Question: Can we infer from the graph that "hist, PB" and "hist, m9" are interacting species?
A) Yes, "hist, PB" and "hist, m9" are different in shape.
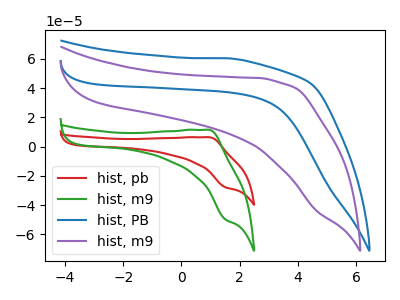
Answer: <think>The red curve "hist, pb" has an anodic peak at (0.95V, 6.45uA) and a cathodic peak at (1.50V, -27.85uA). The green curve "hist, m9" has an anodic peak at (0.95V, 11.50uA) and a cathodic peak at (1.50V, -49.90uA). The blue curve "hist, PB" has no peaks. The purple curve "hist, m9" has no peaks.
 "hist, PB" and "hist, m9" have a different number of peaks.</think>
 <answer>A) Yes, "hist, PB" and "hist, m9" are different in shape.</answer>
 <eval>A</eval>